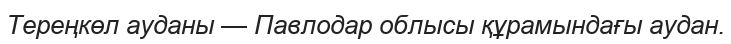
Тереңкөл ауданы — Павлодар облысы құрамындағы аудан.